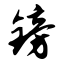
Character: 镑